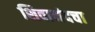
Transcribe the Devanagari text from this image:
शिवानंदचा